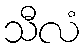
သီလံ